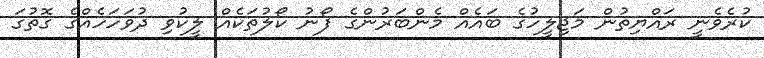
ކުރެވެނީ ރައްޔިތުން މަޖިލީހުގެ ބައެއް މެންބަރުންގެ ފޯނު ކޯލުތަކެއް ލީކުވި ދުވަހަހެއްގެ ގޮތުގަ